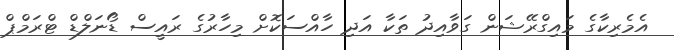
އެމެރިކާގެ މައިގްރޭޝަން ގަވާއިދު ތަކާ އަދި ހާއްސަކޮށް މިހާރުގެ ރައީސް ޑޯނަލްޑް ޓްރަމްޕް